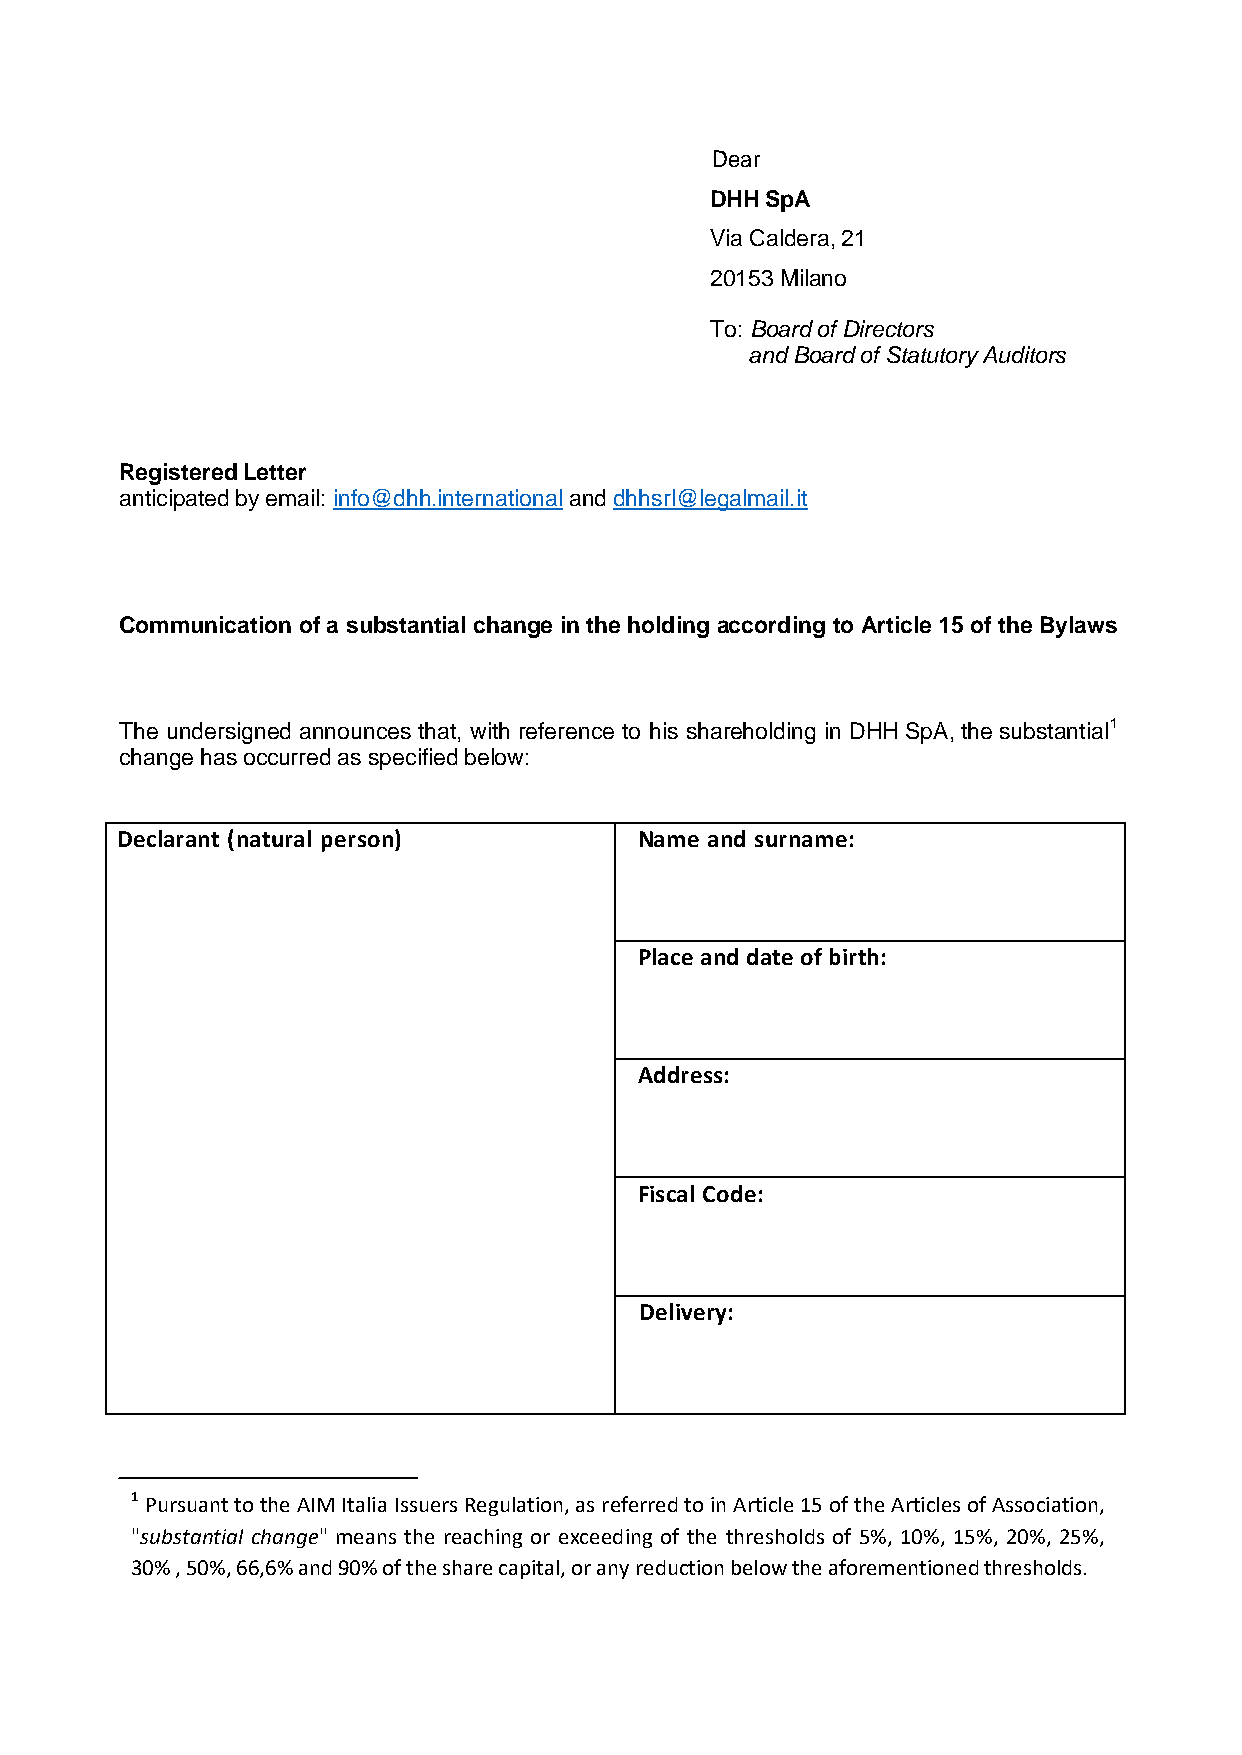
Dear
 DHH SpA
 Via Caldera, 21
 20153 Milano
 To: Board of Directors
 and Board of Statutory Auditors
 Registered Letter
 anticipated by email: info@dhh.international and dhhsrl@legalmail.it
 Communication of a substantial change in the holding according to Article 15 of the Bylaws
 The undersigned announces that, with reference to his shareholding in DHH SpA, the substantial1
 change has occurred as specified below:
 Declarant (natural person)        Name and surname:
 Place and date of birth:
 Address:
 Fiscal Code:
 Delivery:
 1 Pursuant to the AIM Italia Issuers Regulation, as referred to in Article 15 of the Articles of Association,
 "substantial change" means the reaching or exceeding of the thresholds of 5%, 10%, 15%, 20%, 25%,
 30% , 50%, 66,6% and 90% of the share capital, or any reduction below the aforementioned thresholds.